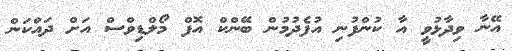
އޭނާ ވިދާޅުވީ އާ ކުންފުނި އުފެދުމުން ބޭންކް އޮފް މޯލްޑިވްސް އަށް ދައްކަން